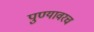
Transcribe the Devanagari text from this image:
पुण्यावरच